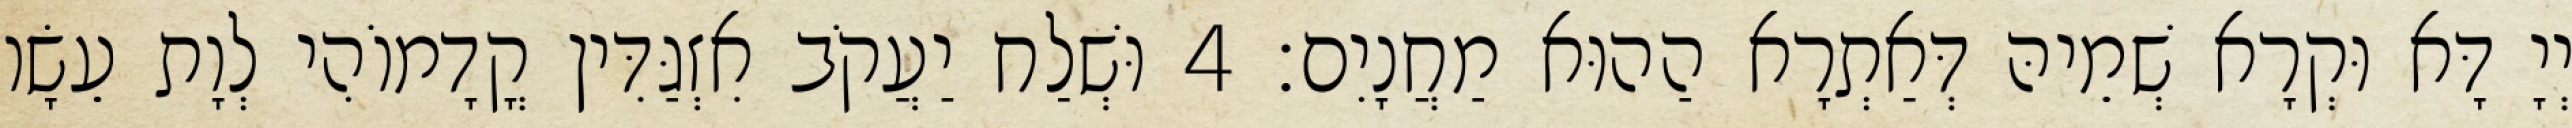
יְיָ דָּא וּקְרָא שְׁמֵיהּ דְּאַתְרָא הַהוּא מַחֲנָיִם׃ 4 וּשְׁלַח יַעֲקֹב אִזְגַּדִּין קֳדָמוֹהִי לְוָת עֵשָׂו